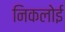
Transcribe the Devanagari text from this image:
निकलोई